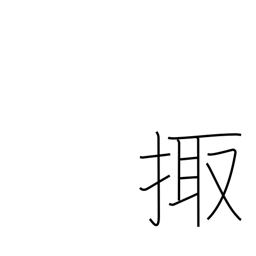
Meaning: night watch